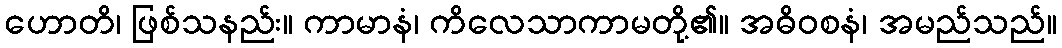
ဟောတိ၊ ဖြစ်သနည်း။ ကာမာနံ၊ ကိလေသာကာမတို့၏။ အဓိဝစနံ၊ အမည်သည်။